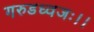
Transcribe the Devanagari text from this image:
गरुडध्वजः।।